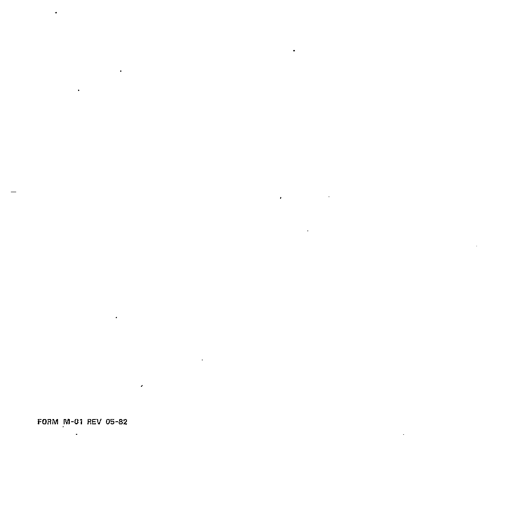
FORM M-01 REV 05-82